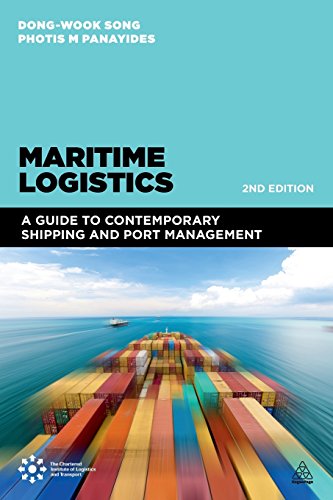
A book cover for Maritime Logistics: A Guide to Contemporary Shipping and Port Management; Business & Money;